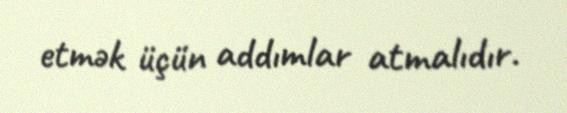
etmək üçün addımlar atmalıdır.